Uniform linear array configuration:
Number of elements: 48
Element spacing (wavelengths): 0.75
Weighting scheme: kaiser
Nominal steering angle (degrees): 45
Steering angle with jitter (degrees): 45.973
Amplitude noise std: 0.05
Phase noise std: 0.05

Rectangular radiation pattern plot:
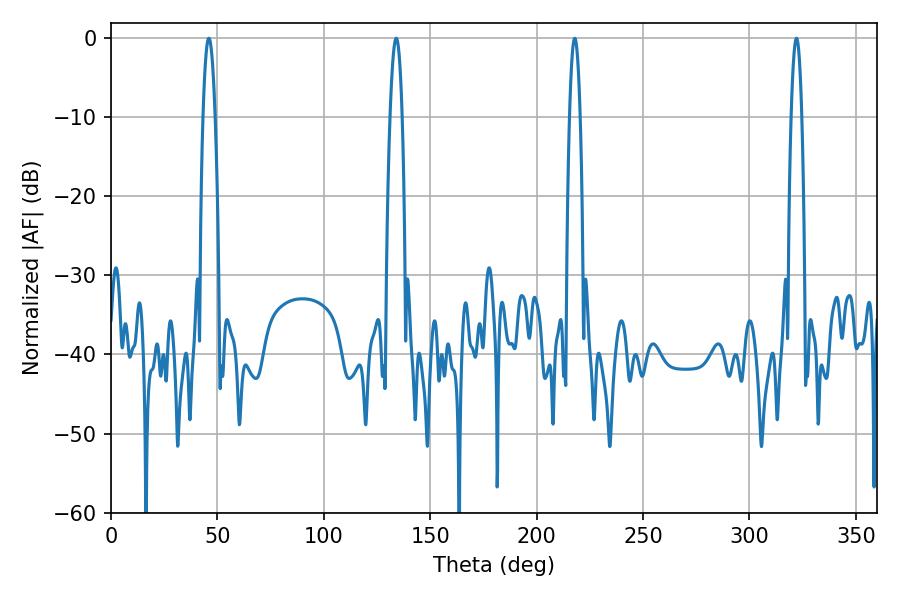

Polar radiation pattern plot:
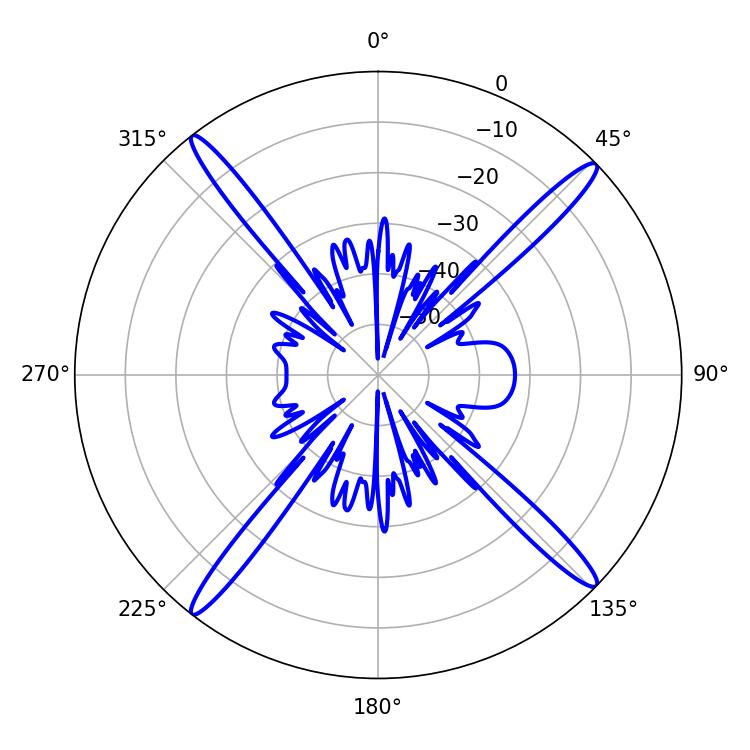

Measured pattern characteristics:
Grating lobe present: TRUE
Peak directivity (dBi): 19.695
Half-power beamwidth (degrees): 3.06
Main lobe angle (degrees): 45.9